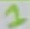
Text: 1